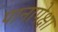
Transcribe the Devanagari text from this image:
पानापेक्षा